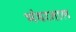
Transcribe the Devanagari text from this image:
भंवरताल